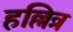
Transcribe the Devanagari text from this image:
हल्लित्र